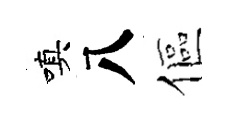
嗔八傴